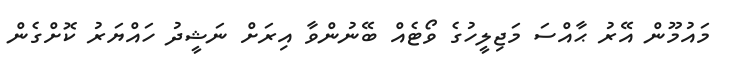
މައުމޫން އޭރު ޙާއްސަ މަޖިލީހުގެ ވޯޓެއް ބޭނުންވާ އިރަށް ނަޝީދު ހައްޔަރު ކޮށްގެން